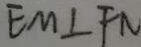
E M \bot F N